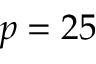
p = 2 5